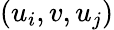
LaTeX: (u_{i},v,u_{j})